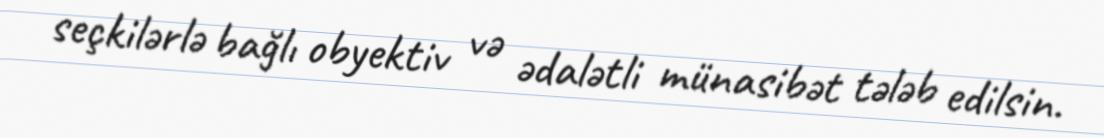
seçkilərlə bağlı obyektiv və ədalətli münasibət tələb edilsin.